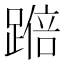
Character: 𫏚